Scottish Certificate of Education, 1963
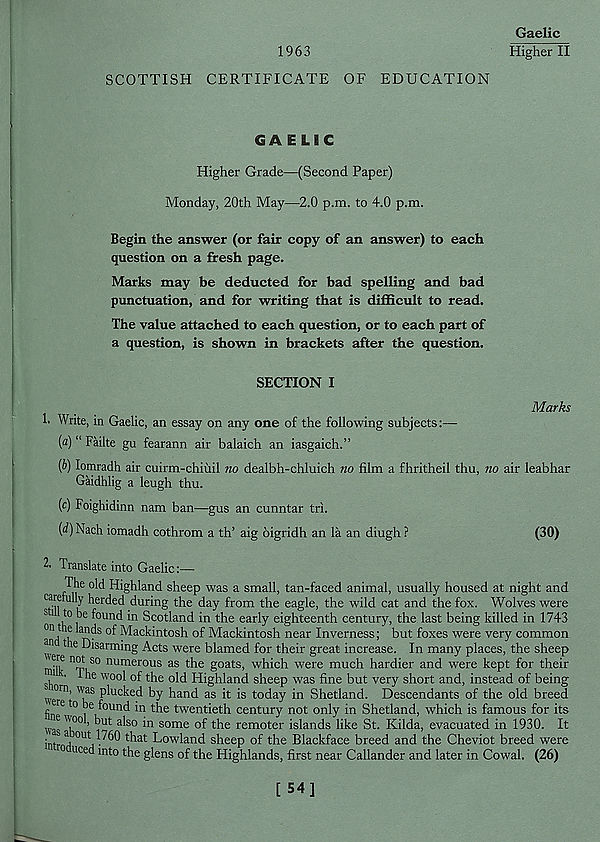
1963
Gaelic
Higher II
SCOTTISH CERTIFICATE OF EDUCATION
GAELIC
Higher Grade—(Second Paper)
Monday, 20th May—2.0 p.m. to 4.0 p.m.
Begin the answer (or fair copy of an answer) to each
question on a fresh page.
Marks may be deducted for bad spelling and bad
punctuation, and for writing that is difficult to read.
The value attached to each question, or to each part of
a question, is shown in brackets after the question.
SECTION I
Marks
h Write, in Gaelic, an essay on any one of the following subjects:—
(a) “ Failte gu fearann air balaich an iasgaich.”
(i>) lomradh air cuirm-chiiiil no dealbh-chluich no film a fhritheil thu, no air leabhar
Gaidhlig a leugh thu.
(c) Foighidinn nam ban—gus an cunntar tri.
[d) Nach iomadh cothrom a th’ aig oigridh an la an diugh ?
(30)
2' Translate into Gaelic:—
The old Highland sheep was a small, tan-faced animal, usually housed at night and
“y herded during the day from the eagle, the wild cat and the fox. Wolves were
81 to be found in Scotland in the early eighteenth century, the last being killed in 1743
0 rf t T S !^a c htntosh of Mackintosh near Inverness; but foxes were very common
m the Disarming Acts were blamed for their great increase. In many places, the sheep
milk
numerous as the goats, which were much hardier and were kept for their
■ the wool of the old Highland sheep was fine but very short and, instead of being
weT 11 ' "h S P^u c^e .^ by hand as it is today in Shetland. Descendants of the old breed
fin. 6 t0 , e J oun d in the twentieth century not only in Shetland, which is famous for its
was "h’ i a^S0 some °f the remoter islands like St. Kilda, evacuated in 1930. It
intmh °U j ^ t b a t Lowland sheep of the Blackface breed and the Cheviot breed were
uced mto the glens of the Highlands, first near Callander and later in Cowal. (26)
[ 54]